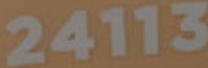
24113